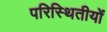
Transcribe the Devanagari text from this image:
परिस्थितीयों